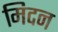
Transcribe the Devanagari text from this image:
मिदन